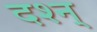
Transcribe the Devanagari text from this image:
दश्न्